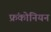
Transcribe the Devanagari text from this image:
फ्रंकोनियन